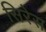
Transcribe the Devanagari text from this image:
सिरेस